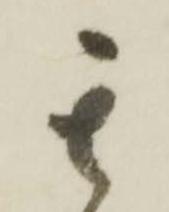
其